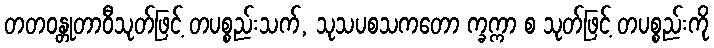
တတဝန္တုတာဝီသုတ်ဖြင့် တပစ္စည်းသက်, သုသပစသကတော က္ခက္ကာ စ သုတ်ဖြင့် တပစ္စည်းကို